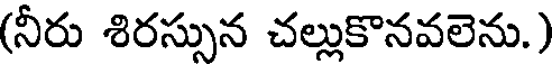
(నీరు శిరస్సున చల్లుకొనవలెను.)